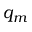
q _ { m }